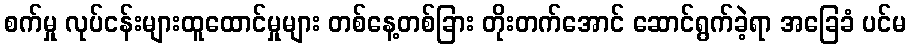
စက်မှု လုပ်ငန်းများထူထောင်မှုများ တစ်နေ့တစ်ခြား တိုးတက်အောင် ဆောင်ရွက်ခဲ့ရာ အခြေခံ ပင်မ